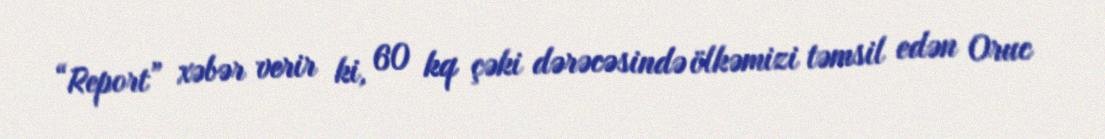
“Report” xəbər verir ki, 60 kq çəki dərəcəsində ölkəmizi təmsil edən Oruc